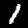
Digit: 1